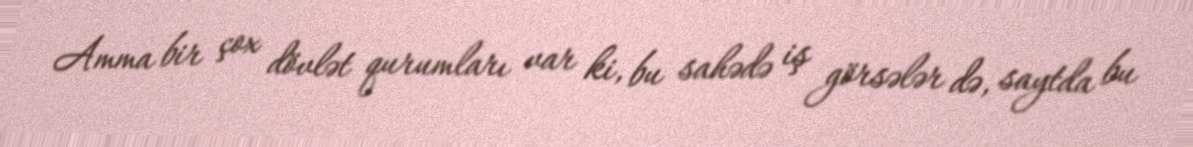
Amma bir çox dövlət qurumları var ki, bu sahədə iş görsələr də, saytda bu